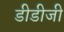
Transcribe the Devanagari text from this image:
डीडीजी